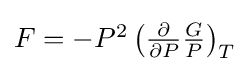
{\textstyle F=-P^{2}\left({\frac {\partial }{\partial P}}{\frac {G}{P}}\right)_{T}}